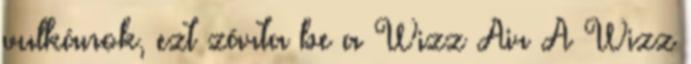
vulkánok, ezt zárta be a Wizz Air A Wizz